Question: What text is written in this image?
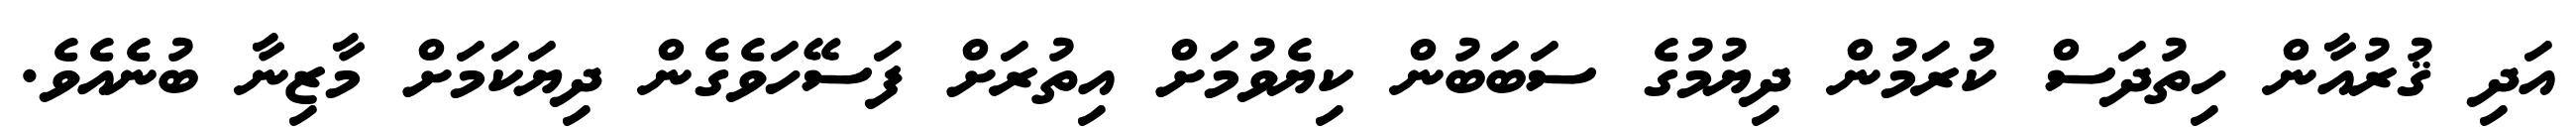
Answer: އަދި ޤުރުއާން ހިތުދަސް ކުރަމުން ދިޔުމުގެ ސަބަބުން ކިޔެވުމަށް އިތުރަށް ފަސޭހަވެގެން ދިޔަކަމަށް މާޒިނާ ބުނެއެވެ.